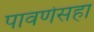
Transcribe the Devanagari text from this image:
पावणेसहा